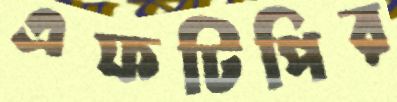
এফটিপির